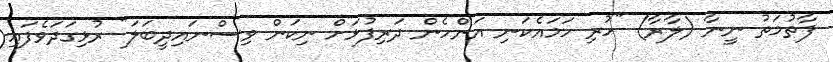
ފާތުމަތު ނީނާ (ލާރާ) "ހުރި ހަމައެކަނި އަންހެން ދަރިފުޅަށް ނިކަން ވިސްނައިދީބަލަ" ރުޅިގަދަވެފައި